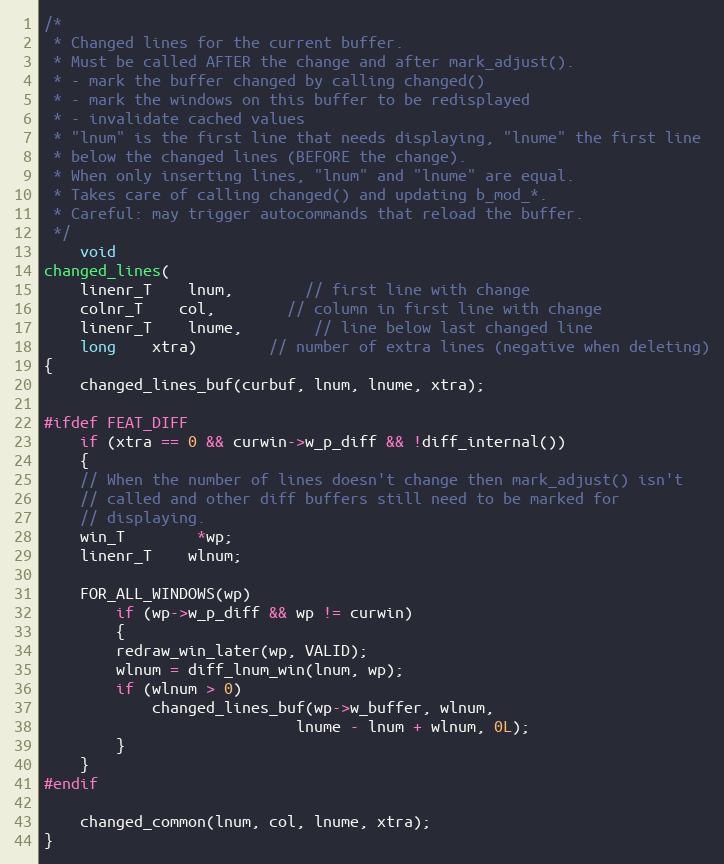
Language: C
/*
 * Changed lines for the current buffer.
 * Must be called AFTER the change and after mark_adjust().
 * - mark the buffer changed by calling changed()
 * - mark the windows on this buffer to be redisplayed
 * - invalidate cached values
 * "lnum" is the first line that needs displaying, "lnume" the first line
 * below the changed lines (BEFORE the change).
 * When only inserting lines, "lnum" and "lnume" are equal.
 * Takes care of calling changed() and updating b_mod_*.
 * Careful: may trigger autocommands that reload the buffer.
 */
    void
changed_lines(
    linenr_T	lnum,	    // first line with change
    colnr_T	col,	    // column in first line with change
    linenr_T	lnume,	    // line below last changed line
    long	xtra)	    // number of extra lines (negative when deleting)
{
    changed_lines_buf(curbuf, lnum, lnume, xtra);

#ifdef FEAT_DIFF
    if (xtra == 0 && curwin->w_p_diff && !diff_internal())
    {
	// When the number of lines doesn't change then mark_adjust() isn't
	// called and other diff buffers still need to be marked for
	// displaying.
	win_T	    *wp;
	linenr_T    wlnum;

	FOR_ALL_WINDOWS(wp)
	    if (wp->w_p_diff && wp != curwin)
	    {
		redraw_win_later(wp, VALID);
		wlnum = diff_lnum_win(lnum, wp);
		if (wlnum > 0)
		    changed_lines_buf(wp->w_buffer, wlnum,
						    lnume - lnum + wlnum, 0L);
	    }
    }
#endif

    changed_common(lnum, col, lnume, xtra);
}